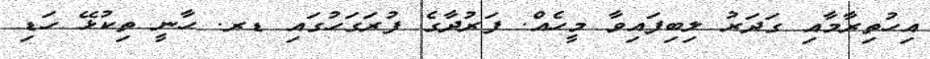
އިހުތިރާމާއި ގަދަރު ލިބިފައިވާ މީހެއް. ފަރުދާގެ ފުރަގަހުގައި ޑރ. ހާނީ ތިކުޅޭ ހަޑި